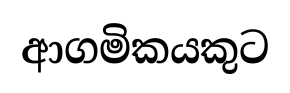
ආගමිකයකුට